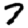
Digit: 7